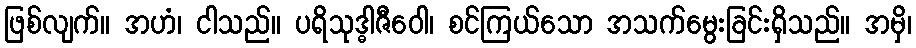
ဖြစ်လျက်။ အဟံ၊ ငါသည်။ ပရိသုဒ္ဓါဇီဝေါ၊ စင်ကြယ်သော အသက်မွေးခြင်းရှိသည်။ အမှိ၊